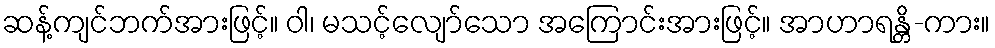
ဆန့်ကျင်ဘက်အားဖြင့်။ ဝါ၊ မသင့်လျော်သော အကြောင်းအားဖြင့်။ အာဟာရန္တိ-ကား။